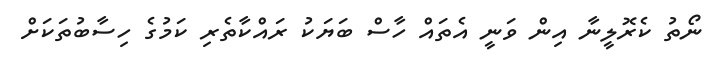
ނޯތު ކެރޮލީނާ އިން ވަނީ އެތައް ހާސް ބަޔަކު ރައްކާތެރި ކަމުގެ ހިސާބުތަކަށް